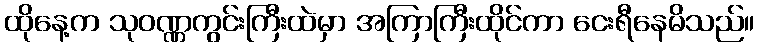
ထိုနေ့က သုဝဏ္ဏကွင်းကြီးထဲမှာ အကြာကြီးထိုင်ကာ ငေးရီနေမိသည်။